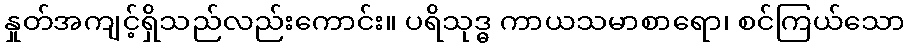
နှုတ်အကျင့်ရှိသည်လည်းကောင်း။ ပရိသုဒ္ဓ ကာယသမာစာရော၊ စင်ကြယ်သော